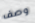
وصف